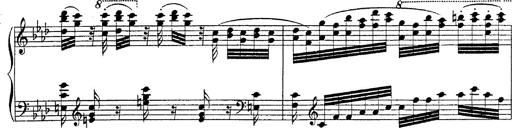
Title: Fantasie Ã¼ber Themen aus Mozarts Figaro und Don Giovanni
Composer: Franz Liszt